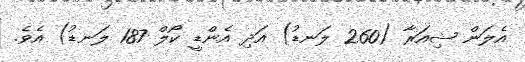
އެލަން ޝިއަރާ (260 ލަނޑު) އަދި އެންޑީ ކޯލް 187 ލަނޑު) އެވެ.